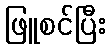
ဖြူစင်ပြီး